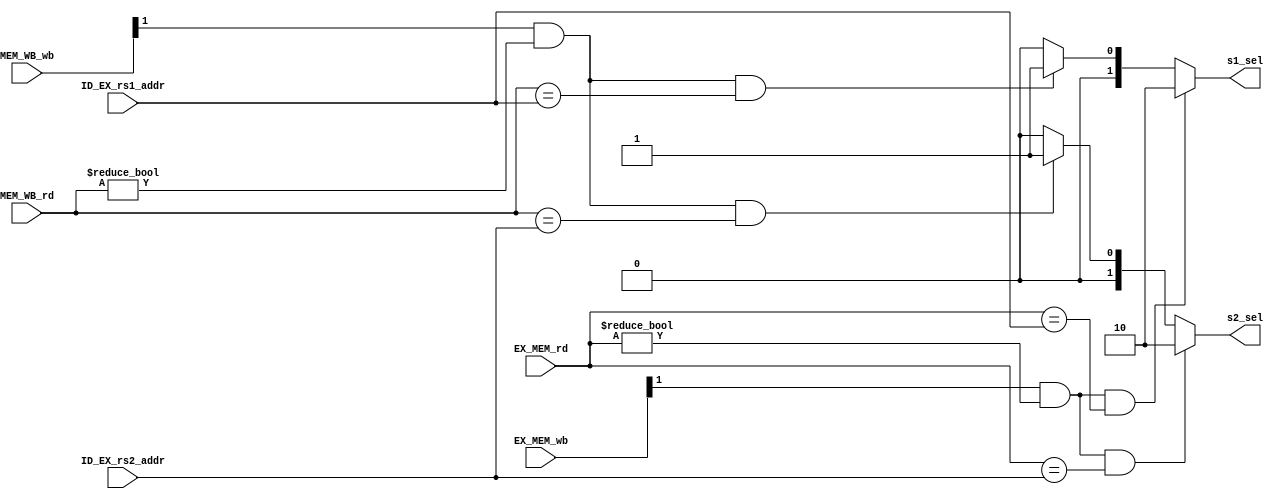
`timescale 1ns / 1ps
//////////////////////////////////////////////////////////////////////////////////
// Company: 
// Engineer: 
// 
// Design Name: 
// Module Name: forwarding_unit
// Project Name: 
// Target Devices: 
// Tool Versions: 
// Description: 
// 
// Dependencies: 
// 
// Revision:
// Revision 0.01 - File Created
// Additional Comments:
// 
//////////////////////////////////////////////////////////////////////////////////




`timescale 1ns/1ps

module forwarding_unit(
input       [5-1:0] ID_EX_rs1_addr, 
input       [5-1:0] ID_EX_rs2_addr, 
input       [5-1:0] EX_MEM_rd,
input       [5-1:0] MEM_WB_rd, 
input       [1:0] EX_MEM_wb, 
input       [1:0] MEM_WB_wb,
output reg  [1:0] s1_sel, 
output reg  [1:0] s2_sel
    );  



    
always @ (*) begin 

    if (EX_MEM_wb[1] 
    && (EX_MEM_rd != 5'b0) 
    && (EX_MEM_rd == ID_EX_rs1_addr)) begin 
        
        s1_sel = 2'b10;  
    end  
    else if (MEM_WB_wb[1]
         && (MEM_WB_rd != 5'b0 ) 
         && (MEM_WB_rd == ID_EX_rs1_addr))
    begin 

       
       s1_sel = 2'b01;
       
    end     
    else begin 
      s1_sel =2'b00;
    end
  end 

  always @(*) begin
    if (EX_MEM_wb[1] 
    && (EX_MEM_rd != 5'b0) 
    && (EX_MEM_rd == ID_EX_rs2_addr)) begin  
        
        s2_sel = 2'b10;  
    end     
    else if (MEM_WB_wb[1] 
         && (MEM_WB_rd != 5'b0 ) 
         && (MEM_WB_rd == ID_EX_rs2_addr)) begin 
        
        s2_sel = 2'b01; 
        
    end 
    else begin 
      s2_sel =2'b00;
    end
end 
    
    
endmodule